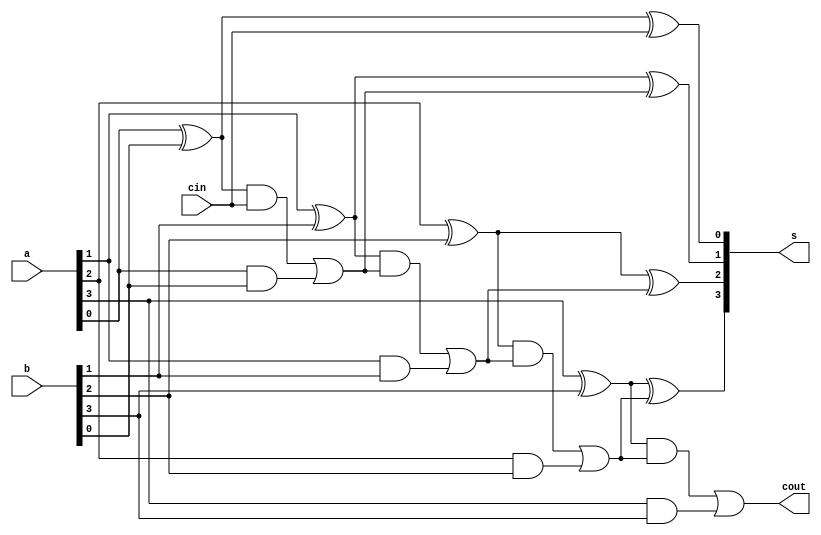
module look(input [3:0]a,b,input cin,output [3:0]s,output cout);
wire [3:0]p,g;
wire j,k,l,m;
wire [4:0]c;
or f1(c[0],cin);
xor g1(p[0],a[0],b[0]);
and g2(g[0],a[0],b[0]);
xor g3(s[0],p[0],c[0]);
and g4(j,p[0],c[0]);
or g5(c[1],j,g[0]);

xor g6(p[1],a[1],b[1]);
and g7(g[1],a[1],b[1]);
xor g8(s[1],p[1],c[1]);
and g9(k,p[1],c[1]);
or g10(c[2],k,g[1]);

xor g11(p[2],a[2],b[2]);
and g12(g[2],a[2],b[2]);
xor g13(s[2],p[2],c[2]);
and g14(l,p[2],c[2]);
or g15(c[3],l,g[2]);

xor g16(p[3],a[3],b[3]);
and g17(g[3],a[3],b[3]);
xor g18(s[3],p[3],c[3]);
and g19(m,p[3],c[3]);
or g20(c[4],m,g[3]);

or f2(cout,c[4]);
endmodule